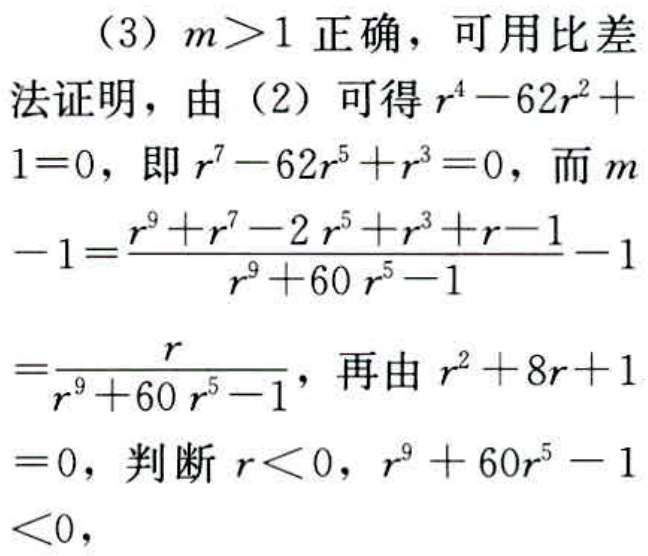
（3）$m > 1$ 正确，可用比差
法证明，由（2）可得$r^{4}-62r^{2}+
1 = 0$，即$r^{7}-62r^{5}+r^{3}=0$，而$m$
$-1=\frac{r^{9}+r^{7}-2r^{5}+r^{3}+r - 1}{r^{9}+60r^{5}-1}-1$
$=\frac{r}{r^{9}+60r^{5}-1}$，再由$r^{2}+8r + 1$
$= 0$，判断$r<0$，$r^{9}+60r^{5}-1$
$<0$，